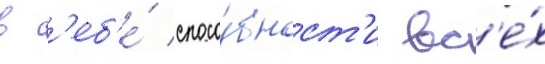
в с'еб'е́ спосо́бност'и вс'е́х